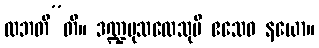
လဘတီ”တိ။ ဒဏ္ဍမုသလေသုပိ ဧသေဝ နယော။